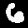
Label: 6